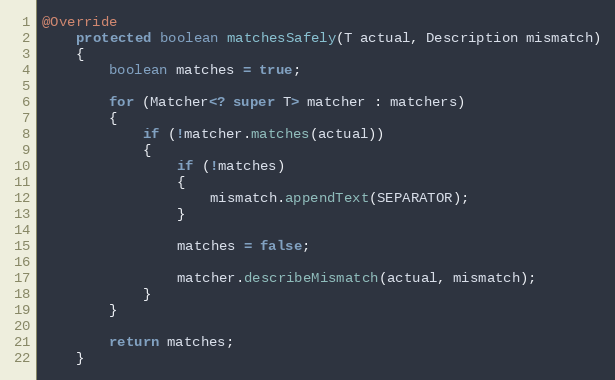
Language: Java
@Override
	protected boolean matchesSafely(T actual, Description mismatch)
	{
		boolean matches = true;

		for (Matcher<? super T> matcher : matchers)
		{
			if (!matcher.matches(actual))
			{
				if (!matches)
				{
					mismatch.appendText(SEPARATOR);
				}

				matches = false;

				matcher.describeMismatch(actual, mismatch);
			}
		}

		return matches;
	}